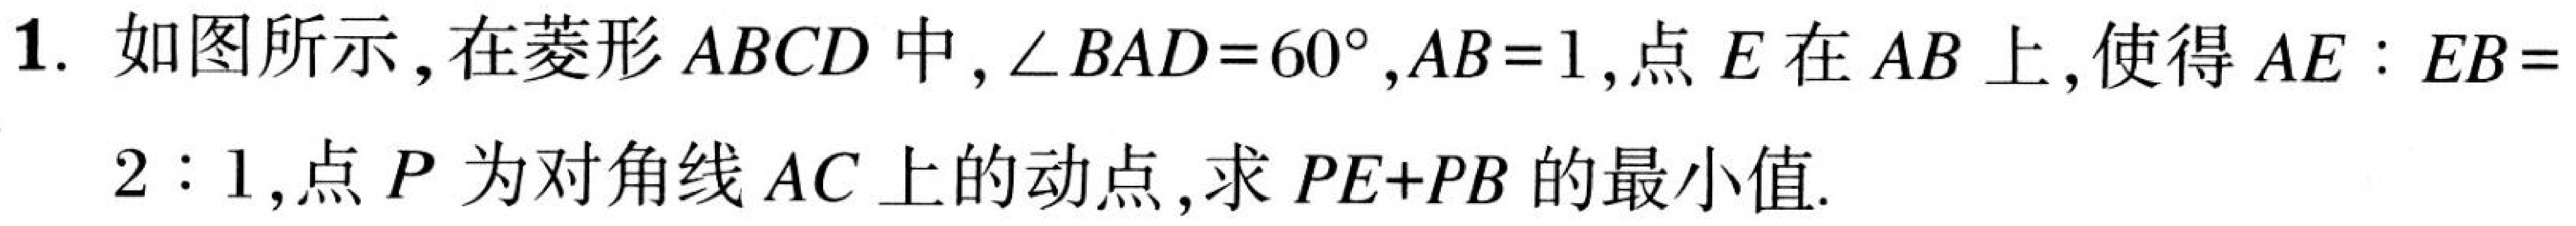
1. 如图所示，在菱形 \(ABCD\) 中，\(\angle BAD = 60^{\circ}\)，\(AB = 1\)，点 \(E\) 在 \(AB\) 上，使得 \(AE:EB =\)
\(2:1\)，点 \(P\) 为对角线 \(AC\) 上的动点，求 \(PE + PB\) 的最小值.